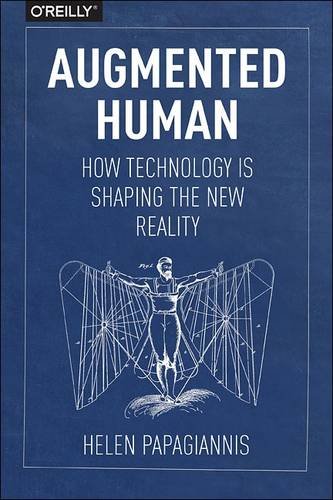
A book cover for Augmented Human: How Technology Is Shaping the New Reality; Helen Papagiannis; Computers & Technology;